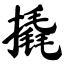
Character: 撬